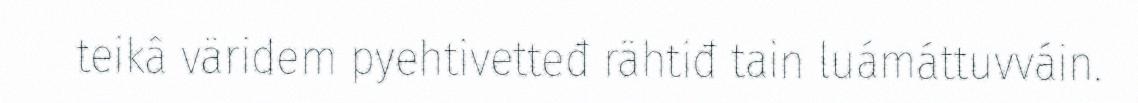
teikâ väridem pyehtivetteđ rähtiđ tain luámáttuvváin.